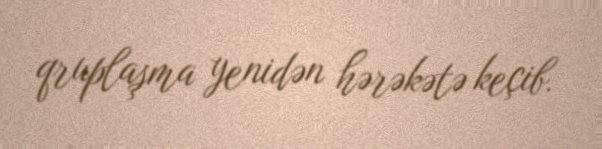
qruplaşma yenidən hərəkətə keçib.